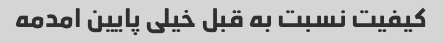
کیفیت نسبت به قبل خیلی پایین امدمه